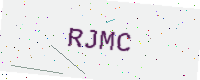
Text: RJMC